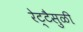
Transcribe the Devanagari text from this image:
रेट्टैसुळी